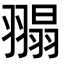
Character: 𦑼